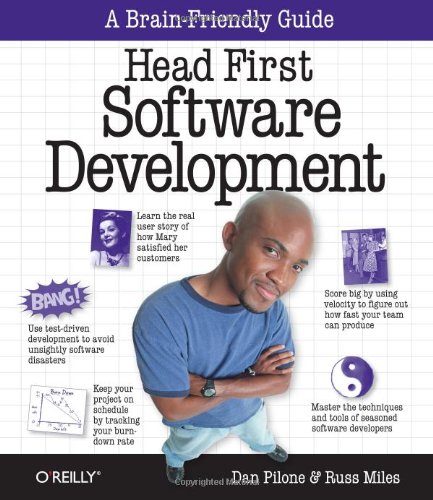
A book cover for Head First Software Development; Dan Pilone; Test Preparation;